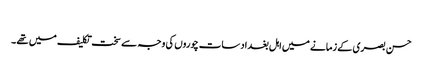
​
حسن بصری کے زمانے میں اہل بغداد سات چوروں کی وجہ سے سخت تکلیف میں تھے ۔